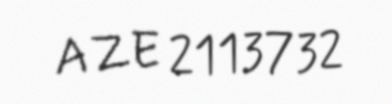
AZE 2113732